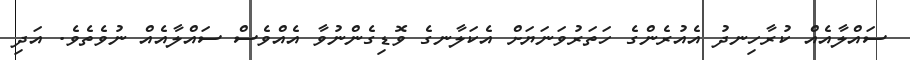
ސައްލާއެއް ކުރާހިނދު އެއުރެންގެ ހަތަރުވަނަޔަށް އެކަލާނގެ ވޮޑިގެންނުވާ އެއްވެސް ސައްލާއެއް ނުވެތެވެ. އަދި